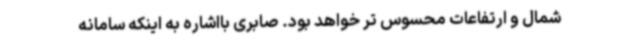
شمال و ارتفاعات محسوس تر خواهد بود. صابری بااشاره به اینکه سامانه